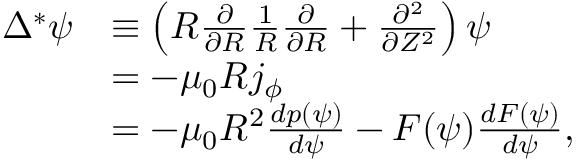
\begin{array} { r l } { \Delta ^ { * } \psi } & { \equiv \left( R \frac { \partial } { \partial R } \frac { 1 } { R } \frac { \partial } { \partial R } + \frac { \partial ^ { 2 } } { \partial Z ^ { 2 } } \right) \psi } \\ & { = - \mu _ { 0 } R j _ { \phi } } \\ & { = - \mu _ { 0 } R ^ { 2 } \frac { d p ( \psi ) } { d \psi } - F ( \psi ) \frac { d F ( \psi ) } { d \psi } , } \end{array}